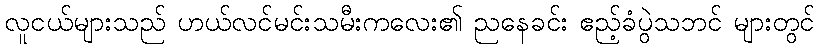
လူငယ်များသည် ဟယ်လင်မင်းသမီးကလေး၏ ညနေခင်း ဧည့်ခံပွဲသဘင် များတွင်